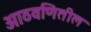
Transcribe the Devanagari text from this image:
आठवणितील